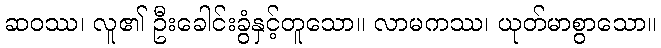
ဆဝဿ၊ လူ၏ ဦးခေါင်းခွံနှင့်တူသော။ လာမကဿ၊ ယုတ်မာစွာသော။